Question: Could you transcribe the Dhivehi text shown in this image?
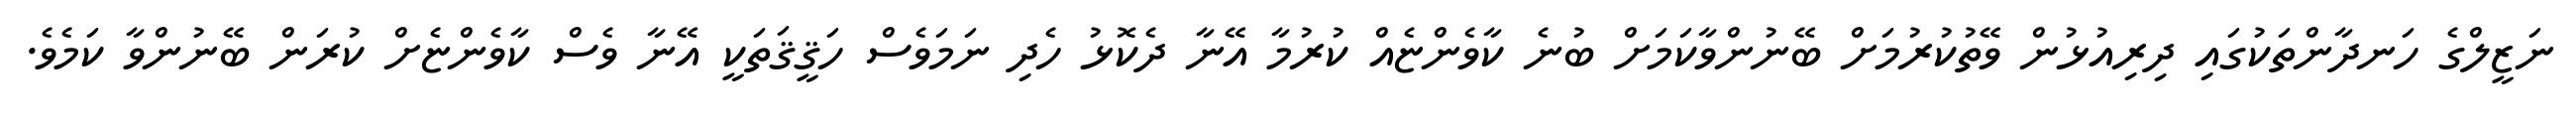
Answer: ނަޒީލްގެ ހަނދާންތަކުގައި ދިރިއުޅުން ވޭތުކުރުމަށް ބޭނުންވާކަމަށް ބުނެ ކާވެންޏެއް ކުރުމާ އޭނާ ދެކޮޅު ހެދި ނަމަވެސް ހަޤީޤަތަކީ އޭނާ ވެސް ކާވެންޏެށް ކުރަން ބޭނުންވާ ކަމެވެ.